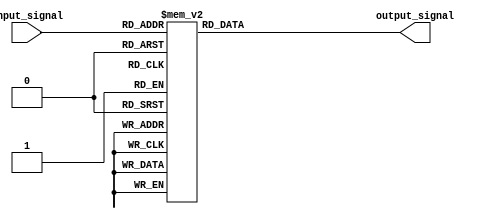
module binary_decoder #(
  parameter n = 3
)(
  input [n-1:0] input_signal,
  output reg [2**n-1:0] output_signal
);

always @(*)
begin
  case(input_signal)
    3'b000: output_signal = 4'b0001;
    3'b001: output_signal = 4'b0010;
    3'b010: output_signal = 4'b0100;
    3'b011: output_signal = 4'b1000;
    3'b100: output_signal = 4'b0000;
    3'b101: output_signal = 4'b0000;
    3'b110: output_signal = 4'b0000;
    3'b111: output_signal = 4'b0000;
    default: output_signal = 4'b0000;
  endcase
end

endmodule